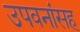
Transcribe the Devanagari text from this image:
उपवनांसह